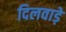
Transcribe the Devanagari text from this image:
दिलवाड़े